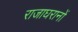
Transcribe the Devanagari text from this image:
राजाघरानों